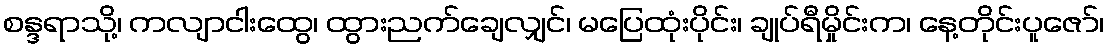
စန္ဒရာသို့၊ ကလျာငါးထွေ၊ ထွားညက်ချေလျှင်၊ မပြေထုံးပိုင်း၊ ချုပ်ရီမှိုင်းက၊ နေ့တိုင်းပူဇော်၊